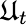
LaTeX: \mathfrak{U}_{t}